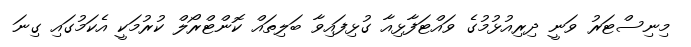
މިނިސްޓަރު ވަނީ ދިރިއުޅުމުގެ ވައްޓަފާޅިއާ ގުޅިފައިވާ ބަލިތައް ކޮންޓްރޯލް ކުރުމަކީ އެކަމުގައި ގިނަ